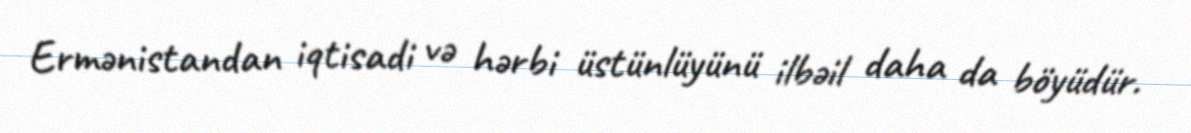
Ermənistandan iqtisadi və hərbi üstünlüyünü ilbəil daha da böyüdür.